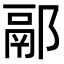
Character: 䣓